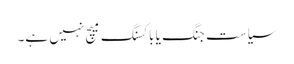
سیاست جنگ یا باکسنگ میچ نہیں ہے۔